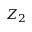
Z _ { 2 }